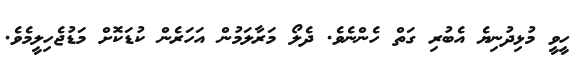
ހީވީ މުޅިދުނިޔެ އެބުރި ގަތް ހެންނެވެ. ދެލޯ މަރާލަމުން އަހަރެން ކުޑަކޮށް މަޑުޖެހިލީމެވެ.